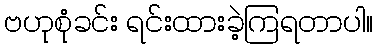
ဗဟုစုံခင်း ရင်းထားခဲ့ကြရတာပါ။